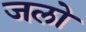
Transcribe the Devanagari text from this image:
जलो